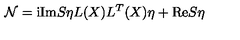
{ \cal N } = \mathrm { i } \mathrm { I m } S \eta L ( X ) L ^ { T } ( X ) \eta + \mathrm { R e } S \eta